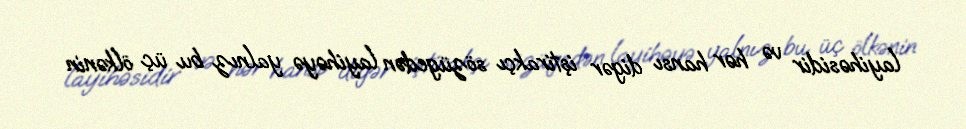
layihəsidir və hər hansı digər iştirakçı sözügedən layihəyə yalnız bu üç ölkənin